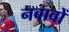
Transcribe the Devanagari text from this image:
नबावों